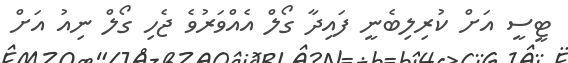
ޓީސީ އަށް ކުރިލިބެނީ ފައިދާ ގޯލް އެއްވަރުވެ ޖެހި ގޯލް ނިއު އަށް